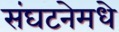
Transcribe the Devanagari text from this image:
संघटनेमधे